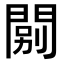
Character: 𨴾